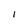
Character: I